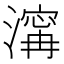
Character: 𣽹